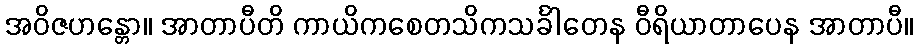
အဝိဇဟန္တော။ အာတာပီတိ ကာယိကစေတသိကသင်္ခါတေန ဝီရိယာတာပေန အာတာပီ။